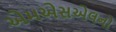
એમએસએલનો